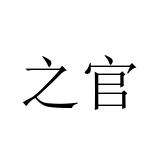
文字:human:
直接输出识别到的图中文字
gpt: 之官